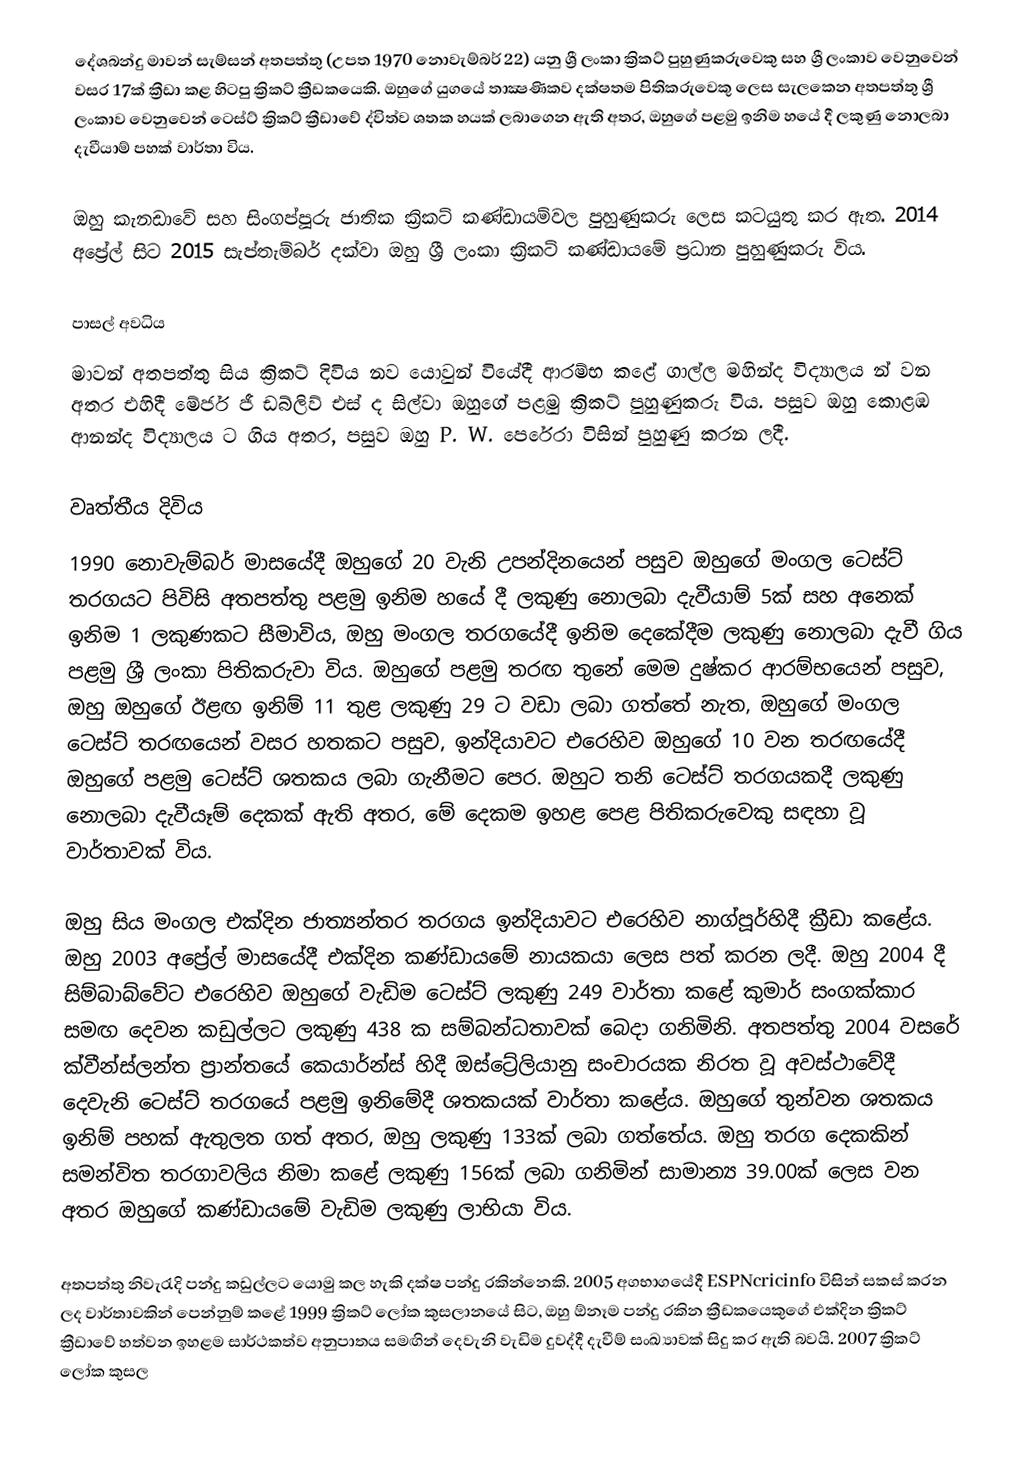
දේශබන්දු මාවන් සැම්සන් අතපත්තු (උපත 1970 නොවැම්බර් 22) යනු ශ්‍රී ලංකා ක්‍රිකට් පුහුණුකරුවෙකු සහ ශ්‍රී ලංකාව වෙනුවෙන් වසර 17ක් ක්‍රීඩා කළ හිටපු ක්‍රිකට් ක්‍රීඩකයෙකි. ඔහුගේ යුගයේ තාක්‍ෂණිකව දක්ෂතම පිතිකරුවෙකු ලෙස සැලකෙන අතපත්තු ශ්‍රී ලංකාව වෙනුවෙන් ටෙස්ට් ක්‍රිකට් ක්‍රීඩාවේ ද්විත්ව ශතක හයක් ලබාගෙන ඇති අතර, ඔහුගේ පළමු ඉනිම හයේ දී ලකුණු නොලබා දැවීයාම් පහක් වාර්තා විය.

ඔහු කැනඩාවේ සහ සිංගප්පූරු ජාතික ක්‍රිකට් කණ්ඩායම්වල පුහුණුකරු ලෙස කටයුතු කර ඇත. 2014 අප්‍රේල් සිට 2015 සැප්තැම්බර් දක්වා ඔහු ශ්‍රී ලංකා ක්‍රිකට් කණ්ඩායමේ ප්‍රධාන පුහුණුකරු විය.

පාසල් අවධිය
මාවන් අතපත්තු සිය ක්‍රිකට් දිවිය නව යොවුන් වියේදී ආරම්භ කළේ ගාල්ල මහින්ද විද්‍යාලය න් වන අතර එහිදී මේජර් ජී ඩබ්ලිව් එස් ද සිල්වා ඔහුගේ පළමු ක්‍රිකට් පුහුණුකරු විය. පසුව ඔහු කොළඹ ආනන්ද විද්‍යාලය ට ගිය අතර, පසුව ඔහු P. W. පෙරේරා විසින් පුහුණු කරන ලදී.

වෘත්තීය දිවිය
1990 නොවැම්බර් මාසයේදී ඔහුගේ 20 වැනි උපන්දිනයෙන් පසුව ඔහුගේ මංගල ටෙස්ට් තරගයට පිවිසි අතපත්තු පළමු ඉනිම හයේ දී ලකුණු නොලබා දැවීයාම් 5ක් සහ අනෙක් ඉනිම 1 ලකුණකට සීමාවිය, ඔහු මංගල තරගයේදී ඉනිම දෙකේදීම ලකුණු නොලබා දැවී ගිය පළමු ශ්‍රී ලංකා පිතිකරුවා විය. ඔහුගේ පළමු තරඟ තුනේ මෙම දුෂ්කර ආරම්භයෙන් පසුව, ඔහු ඔහුගේ ඊළඟ ඉනිම් 11 තුළ ලකුණු 29 ට වඩා ලබා ගත්තේ නැත, ඔහුගේ මංගල ටෙස්ට් තරඟයෙන් වසර හතකට පසුව, ඉන්දියාවට එරෙහිව ඔහුගේ 10 වන තරඟයේදී ඔහුගේ පළමු ටෙස්ට් ශතකය ලබා ගැනීමට පෙර. ඔහුට තනි ටෙස්ට් තරගයකදී ලකුණු නොලබා දැවීයෑම් දෙකක් ඇති අතර, මේ දෙකම ඉහළ පෙළ පිතිකරුවෙකු සඳහා වූ වාර්තාවක් විය.

ඔහු සිය මංගල එක්දින ජාත්‍යන්තර තරගය ඉන්දියාවට එරෙහිව නාග්පූර්හිදී ක්‍රීඩා කළේය. ඔහු 2003 අප්‍රේල් මාසයේදී එක්දින කණ්ඩායමේ නායකයා ලෙස පත් කරන ලදී. ඔහු 2004 දී සිම්බාබ්වේට එරෙහිව ඔහුගේ වැඩිම ටෙස්ට් ලකුණු 249 වාර්තා කළේ කුමාර් සංගක්කාර සමඟ දෙවන කඩුල්ලට ලකුණු 438 ක සම්බන්ධතාවක් බෙදා ගනිමිනි. අතපත්තු 2004 වසරේ ක්වීන්ස්ලන්ත ප්‍රාන්තයේ කෙයාර්න්ස් හිදී ඔස්ට්‍රේලියානු සංචාරයක නිරත වූ අවස්ථාවේදී දෙවැනි ටෙස්ට් තරගයේ පළමු ඉනිමේදී ශතකයක් වාර්තා කළේය. ඔහුගේ තුන්වන ශතකය ඉනිම් පහක් ඇතුලත ගත් අතර, ඔහු ලකුණු 133ක් ලබා ගත්තේය. ඔහු තරග දෙකකින් සමන්විත තරගාවලිය නිමා කළේ ලකුණු 156ක් ලබා ගනිමින් සාමාන්‍ය 39.00ක් ලෙස වන අතර ඔහුගේ කණ්ඩායමේ වැඩිම ලකුණු ලාභියා විය.

අතපත්තු නිවැරැදි පන්දු කඩුල්ලට යොමු කල හැකි දක්ෂ පන්දු රකින්නෙකි. 2005 අගභාගයේදී ESPNcricinfo විසින් සකස් කරන ලද වාර්තාවකින් පෙන්නුම් කළේ 1999 ක්‍රිකට් ලෝක කුසලානයේ සිට, ඔහු ඕනෑම පන්දු රකින ක්‍රීඩකයෙකුගේ එක්දින ක්‍රිකට් ක්‍රීඩාවේ හත්වන ඉහළම සාර්ථකත්ව අනුපාතය සමඟින් දෙවැනි වැඩිම දුවද්දී දැවීම් සංඛ්‍යාවක් සිදු කර ඇති බවයි. 2007 ක්‍රිකට් ලෝක කුසල